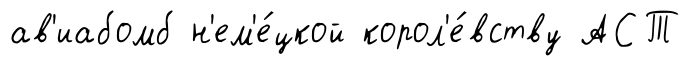
ав'иабомб н'ем'е́цкой корол'е́вству АСТ